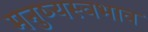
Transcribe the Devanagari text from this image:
मनुष्यस्वभाव